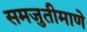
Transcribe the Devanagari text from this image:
समजुतीमाणे